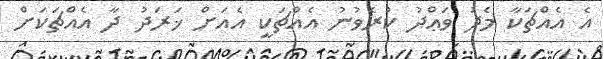
އެ އެއްޗަކާ މެދު ވަޢްދު ކުރެވުނު އެއްޗަކީ އެއަށް ޚަރަދު ދާ އެއްޗަކަށް